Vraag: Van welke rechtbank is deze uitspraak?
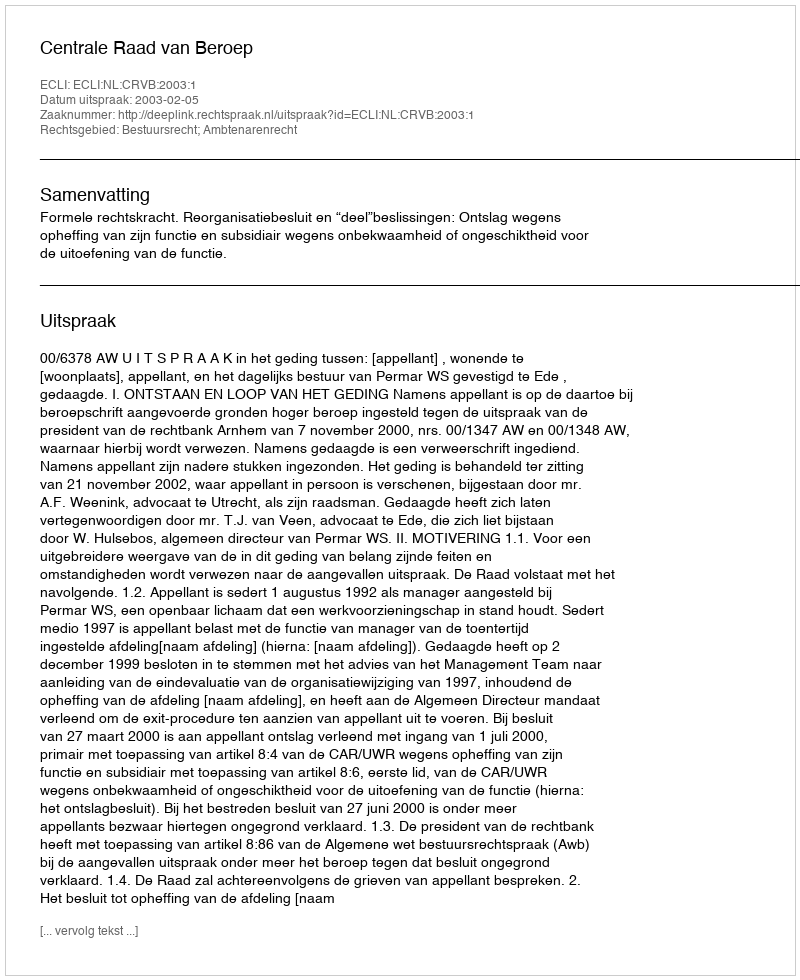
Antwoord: Centrale Raad van Beroep